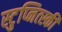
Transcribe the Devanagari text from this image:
स्टुप्नित्स्की